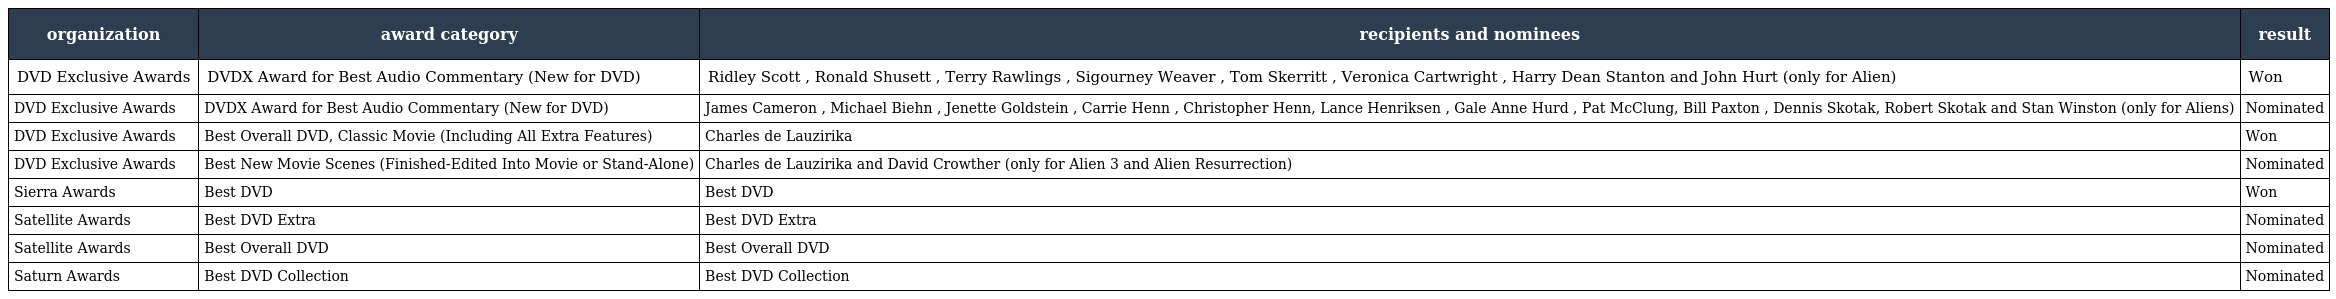
| organization | award category | recipients and nominees | result |
 | --- | --- | --- | --- |
 | DVD Exclusive Awards | DVDX Award for Best Audio Commentary (New for DVD) | Ridley Scott , Ronald Shusett , Terry Rawlings , Sigourney Weaver , Tom Skerritt , Veronica Cartwright , Harry Dean Stanton and John Hurt (only for Alien) | Won |
 | DVD Exclusive Awards | DVDX Award for Best Audio Commentary (New for DVD) | James Cameron , Michael Biehn , Jenette Goldstein , Carrie Henn , Christopher Henn, Lance Henriksen , Gale Anne Hurd , Pat McClung, Bill Paxton , Dennis Skotak, Robert Skotak and Stan Winston (only for Aliens) | Nominated |
 | DVD Exclusive Awards | Best Overall DVD, Classic Movie (Including All Extra Features) | Charles de Lauzirika | Won |
 | DVD Exclusive Awards | Best New Movie Scenes (Finished-Edited Into Movie or Stand-Alone) | Charles de Lauzirika and David Crowther (only for Alien 3 and Alien Resurrection) | Nominated |
 | Sierra Awards | Best DVD | Best DVD | Won |
 | Satellite Awards | Best DVD Extra | Best DVD Extra | Nominated |
 | Satellite Awards | Best Overall DVD | Best Overall DVD | Nominated |
 | Saturn Awards | Best DVD Collection | Best DVD Collection | Nominated |